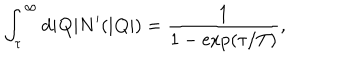
LaTeX: \int _ { \tau } ^ { \infty } \mathrm { d } | { \bf Q } | N ^ { \prime } ( | { \bf Q } | ) = \frac { 1 } { 1 - \mathrm { e x p } ( \tau / T ) } ,